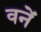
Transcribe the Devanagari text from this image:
वनें